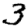
Digit: 3